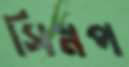
সিস্নপ